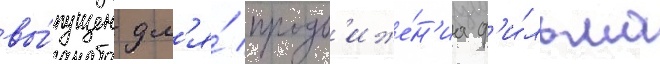
вы́пущен дл'я́ продв'иже́н'иа ф'и́льма